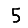
Digit: 5